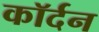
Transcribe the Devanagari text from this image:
कॉर्दन